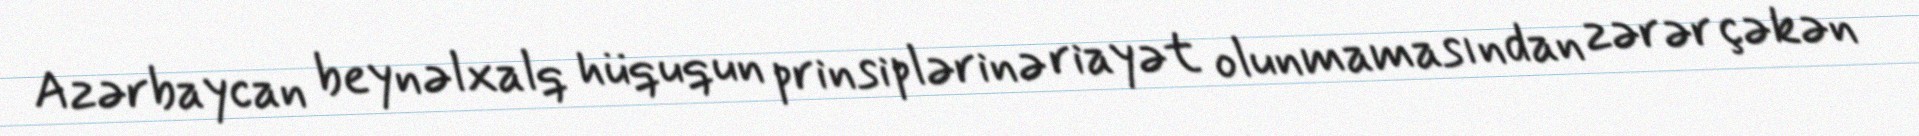
Azərbaycan beynəlxalq hüququn prinsiplərinə riayət olunmamasından zərər çəkən